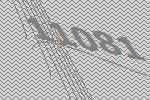
11081